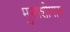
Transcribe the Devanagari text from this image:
मुसाशीमारू